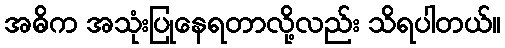
အဓိက အသုံးပြုနေရတာလို့လည်း သိရပါတယ်။